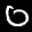
Label: 0